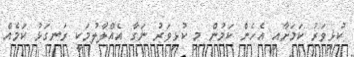
ކުޅިވަރު ކަމަށާއި އެހެން ކަމުން މި ކުޅިވަރު ނަގާ އެއްލާލުމަކީ ރަނގަޅު ކަމެއް